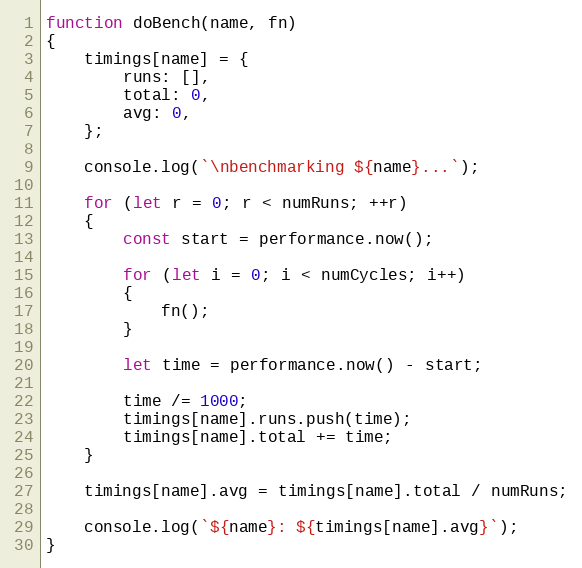
Language: JavaScript
function doBench(name, fn)
{
    timings[name] = {
        runs: [],
        total: 0,
        avg: 0,
    };

    console.log(`\nbenchmarking ${name}...`);

    for (let r = 0; r < numRuns; ++r)
    {
        const start = performance.now();

        for (let i = 0; i < numCycles; i++)
        {
            fn();
        }

        let time = performance.now() - start;

        time /= 1000;
        timings[name].runs.push(time);
        timings[name].total += time;
    }

    timings[name].avg = timings[name].total / numRuns;

    console.log(`${name}: ${timings[name].avg}`);
}